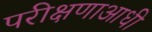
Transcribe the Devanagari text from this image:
परीक्षणाआधी